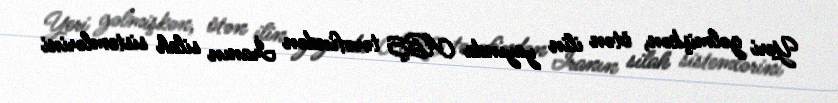
Yeri gəlmişkən, ötən ilin yayında ABŞ tərəfindən İranın silah sistemlərini